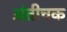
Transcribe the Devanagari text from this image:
अंतीचक